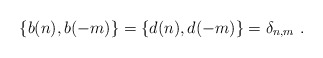
\begin{align*}\{ b(n), b(-m) \} = \{ d(n), d(-m) \} = \delta_{n,m} \ .\end{align*}